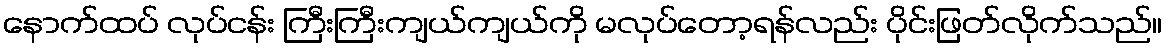
နောက်ထပ် လုပ်ငန်း ကြီးကြီးကျယ်ကျယ်ကို မလုပ်တော့ရန်လည်း ပိုင်းဖြတ်လိုက်သည်။